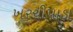
ખરચીપાડા